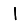
Digit: 1